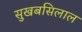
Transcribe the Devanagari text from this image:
सुखबसिलाल